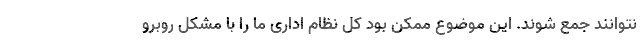
نتوانند جمع شوند. این موضوع ممکن بود کل نظام اداری ما را با مشکل روبرو